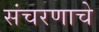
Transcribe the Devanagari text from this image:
संचरणाचे